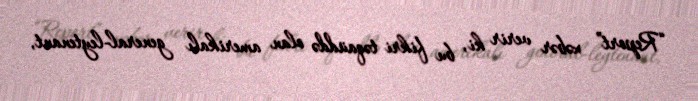
“Report” xəbər verir ki, bu fikri təqaüddə olan amerikalı general-leytenant,